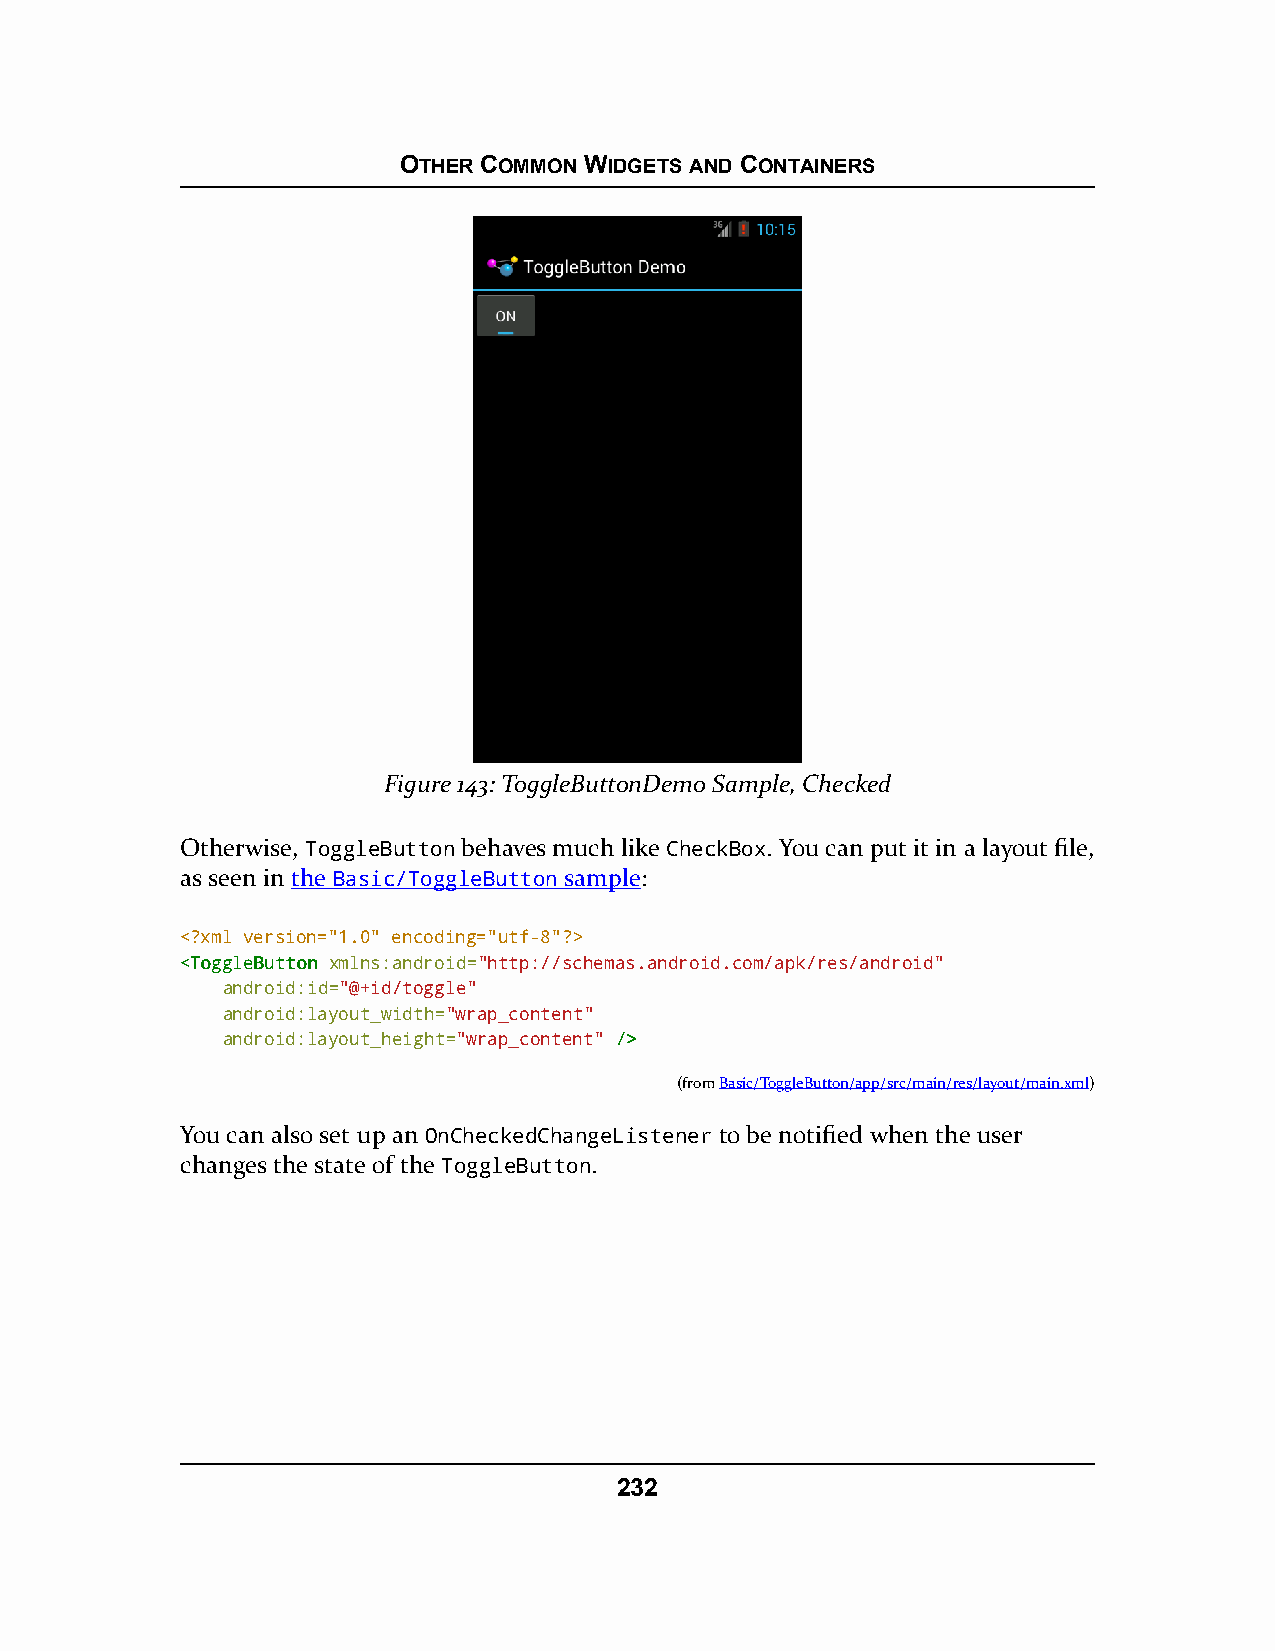
OTHER COMMON WIDGETS AND CONTAINERS
 Figure 143: ToggleButtonDemo Sample, Checked
 Otherwise, ToggleButton behaves much like CheckBox. You can put it in a layout file,
 as seen in the Basic/ToggleButton sample:
 <?xml version="1.0" encoding="utf-8"?>
 <<TToogggglleeBBuuttttoonn xmlns:android="http://schemas.android.com/apk/res/android"
 android:id="@+id/toggle"
 android:layout_width="wrap_content"
 android:layout_height="wrap_content" //>>
 (fromBasic/ToggleButton/app/src/main/res/layout/main.xml)
 You can also set up an OnCheckedChangeListener to be notified when the user
 changes the state of the ToggleButton.
 232